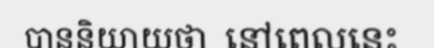
បាននិយាយថា  នៅពេលនេះ